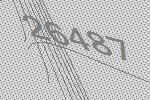
26487